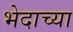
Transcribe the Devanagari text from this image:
भेदाच्या